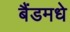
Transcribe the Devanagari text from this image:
बैंडमधे